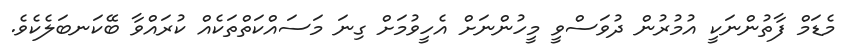
މެޑަމް ފާތުންނަކީ އުމުރުން ދުވަސްވީ މީހުންނަށް އެހީވުމަށް ގިނަ މަސައްކަތްތަކެއް ކުރައްވާ ބޭކަނބަލެކެވެ.